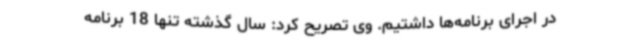
در اجرای برنامه‌ها داشتیم. وی تصریح کرد: سال گذشته تنها 18 برنامه